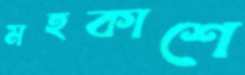
মহকাশে